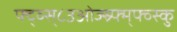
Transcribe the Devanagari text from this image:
फ्द्व्स्८उओज्स्र्फ्म्फ्व्स्कु